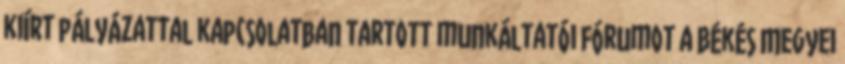
kiírt pályázattal kapcsolatban tartott munkáltatói fórumot a Békés Megyei